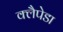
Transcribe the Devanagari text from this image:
क्लैपेडा